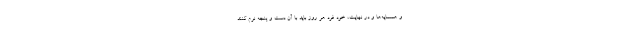
و همسایه‌ها و در نهایت، خود فرد هر روز باید با آن دست و پنجه نرم کنند